Alma_Vaarman, lk 31
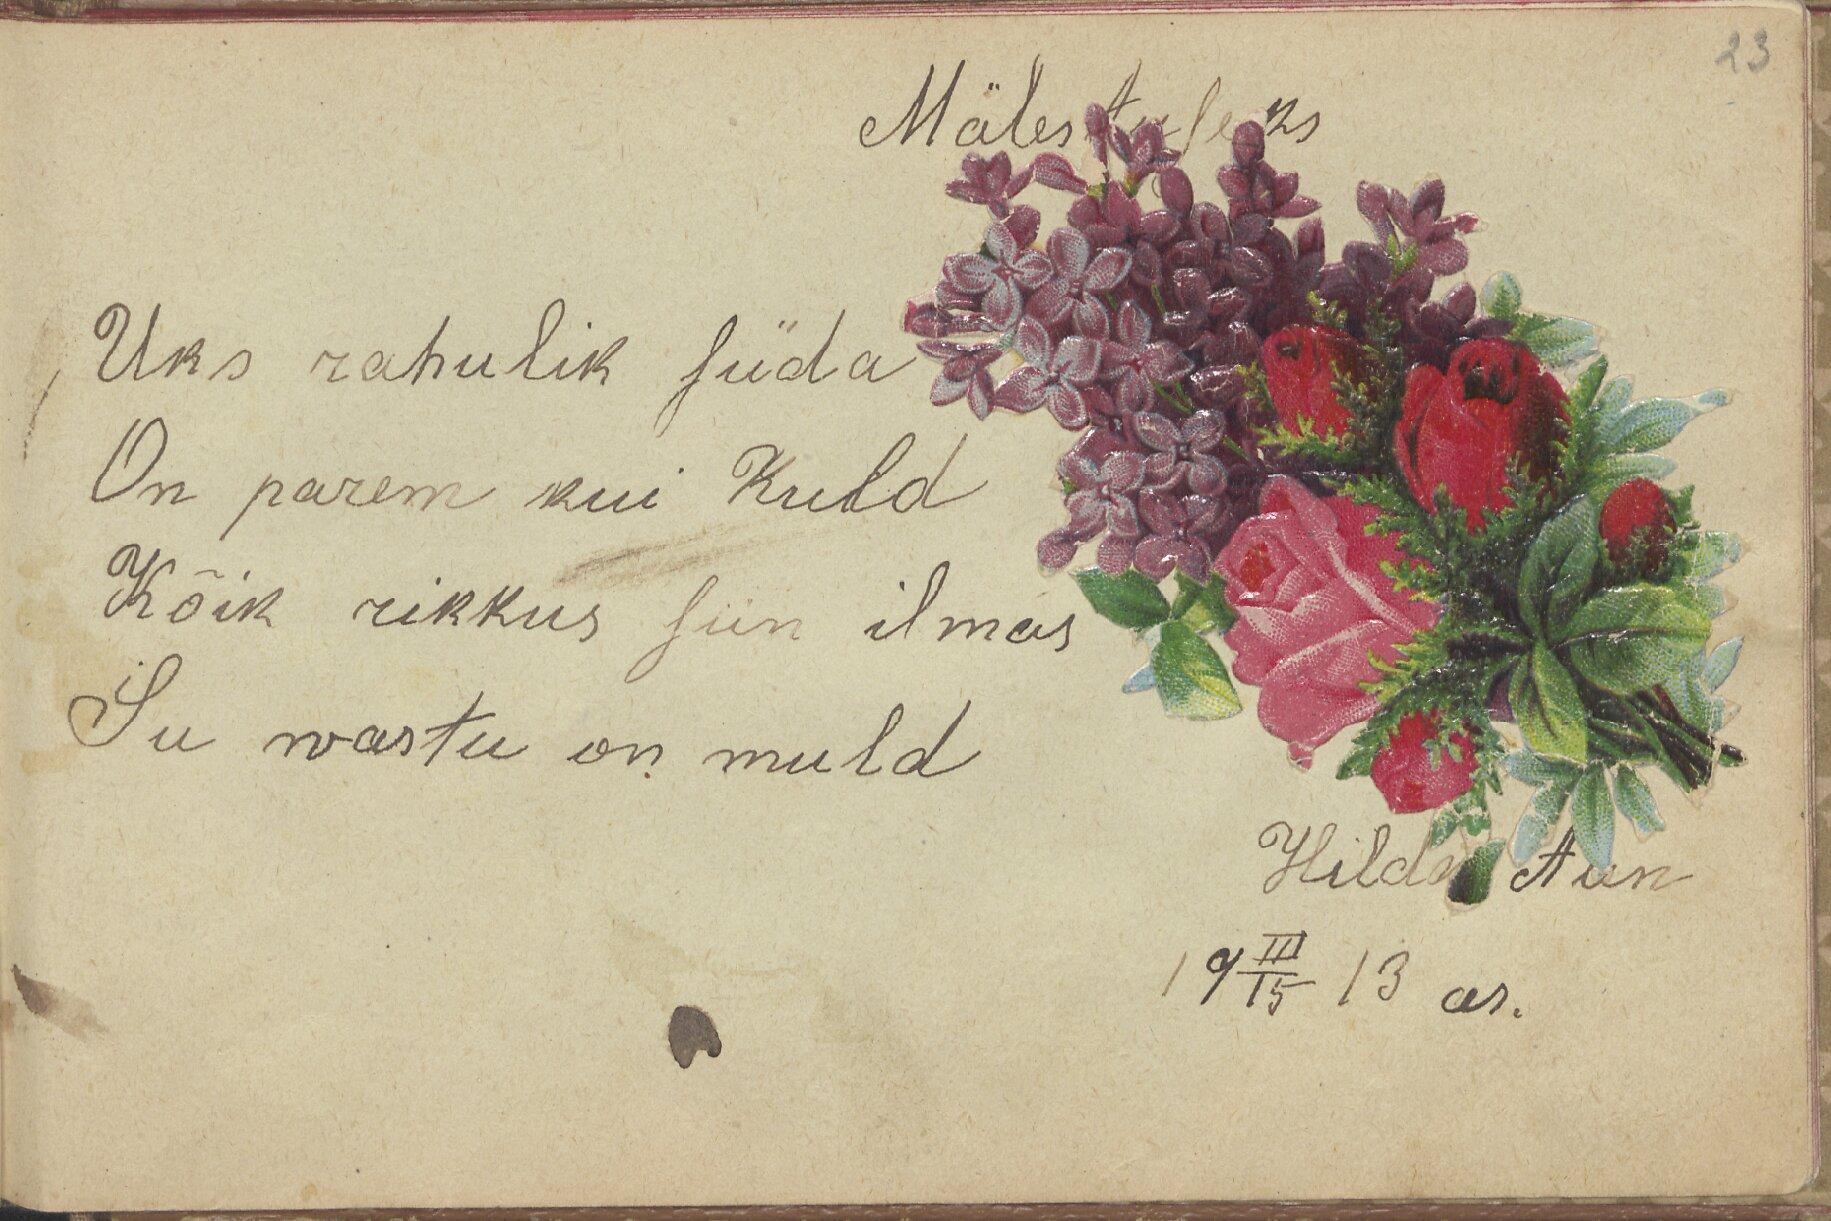
23

Mälestuseks

Uks rahulik süda
On parem kui Kuld
Kõik rikkus siin ilmas
Su wastu on muld

Hilda Aun
19 III/15 13 as.